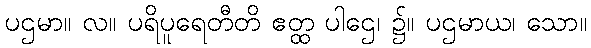
ပဌမာ။ လ။ ပရိပူရေတီတိ ဧတ္ထ ပါဌေ၊ ၌။ ပဌမာယ၊ သော။